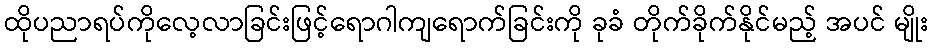
ထိုပညာရပ်ကိုလေ့လာခြင်းဖြင့်ရောဂါကျရောက်ခြင်းကို ခုခံ တိုက်ခိုက်နိုင်မည့် အပင် မျိုး